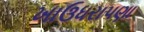
ખાઉધરાપણા